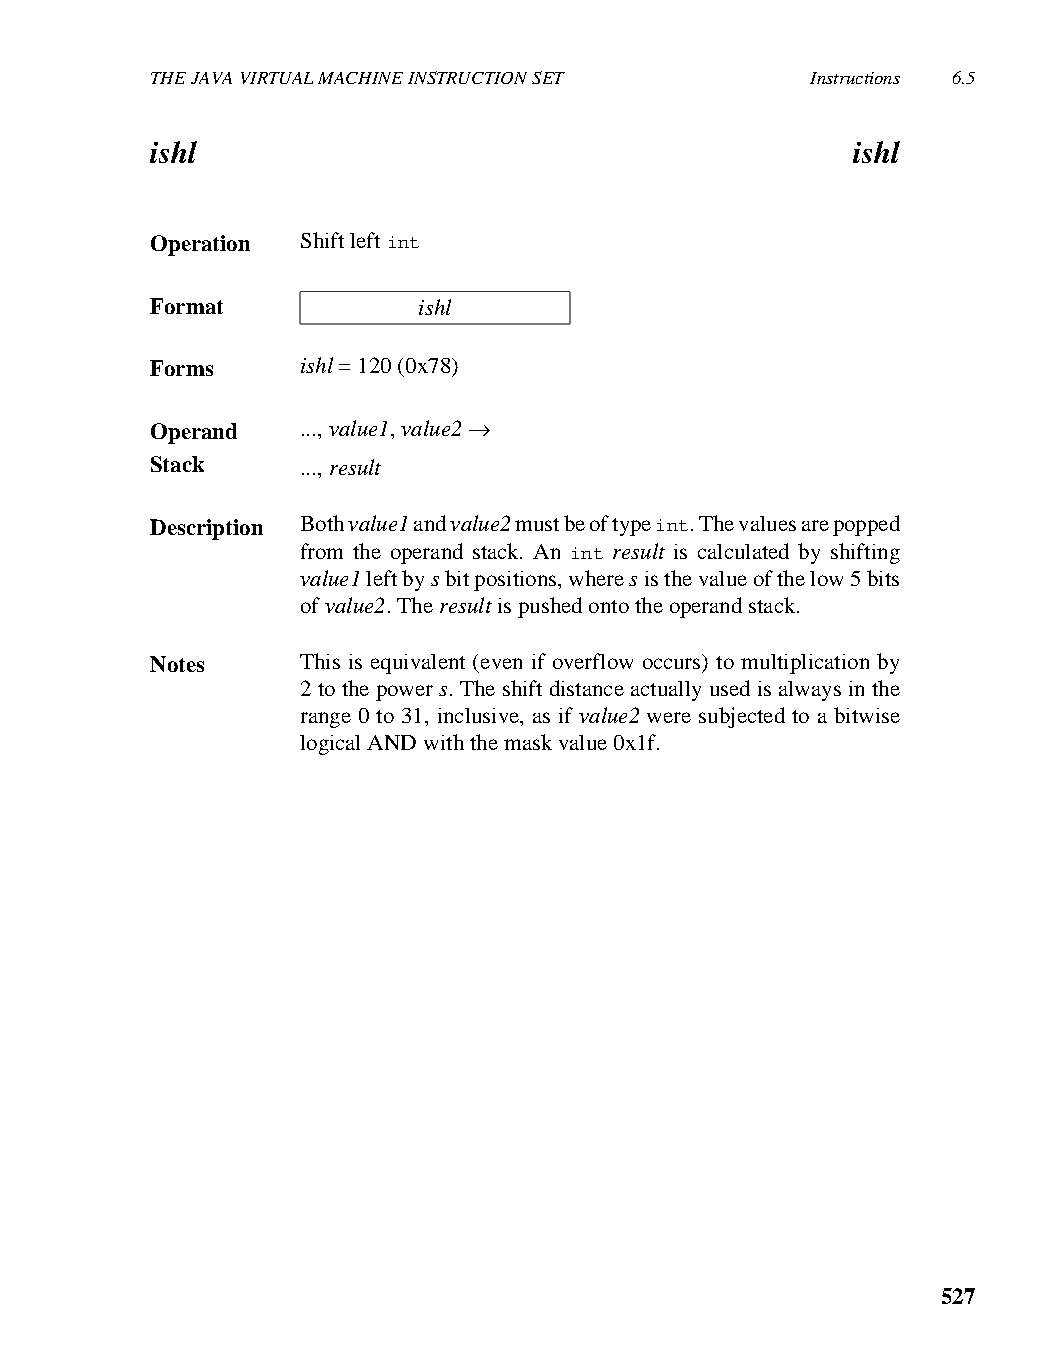
THE JAVA VIRTUAL MACHINE INSTRUCTION SET    Instructions 6.5
 ishl                                          ishl
 Operation Shift left int
 Format            ishl
 Forms     ishl = 120 (0x78)
 Operand   ..., value1, value2 →
 Stack     ..., result
 Description Both value1 and value2 must be of type int. The values are popped
 from the operand stack. An int result is calculated by shifting
 value1 left by s bit positions, where s is the value of the low 5 bits
 of value2. The result is pushed onto the operand stack.
 Notes     This is equivalent (even if overflow occurs) to multiplication by
 2 to the power s. The shift distance actually used is always in the
 range 0 to 31, inclusive, as if value2 were subjected to a bitwise
 logical AND with the mask value 0x1f.
 527